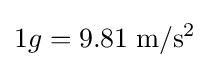
1g=9.81\;\mathrm {m/s^{2}}